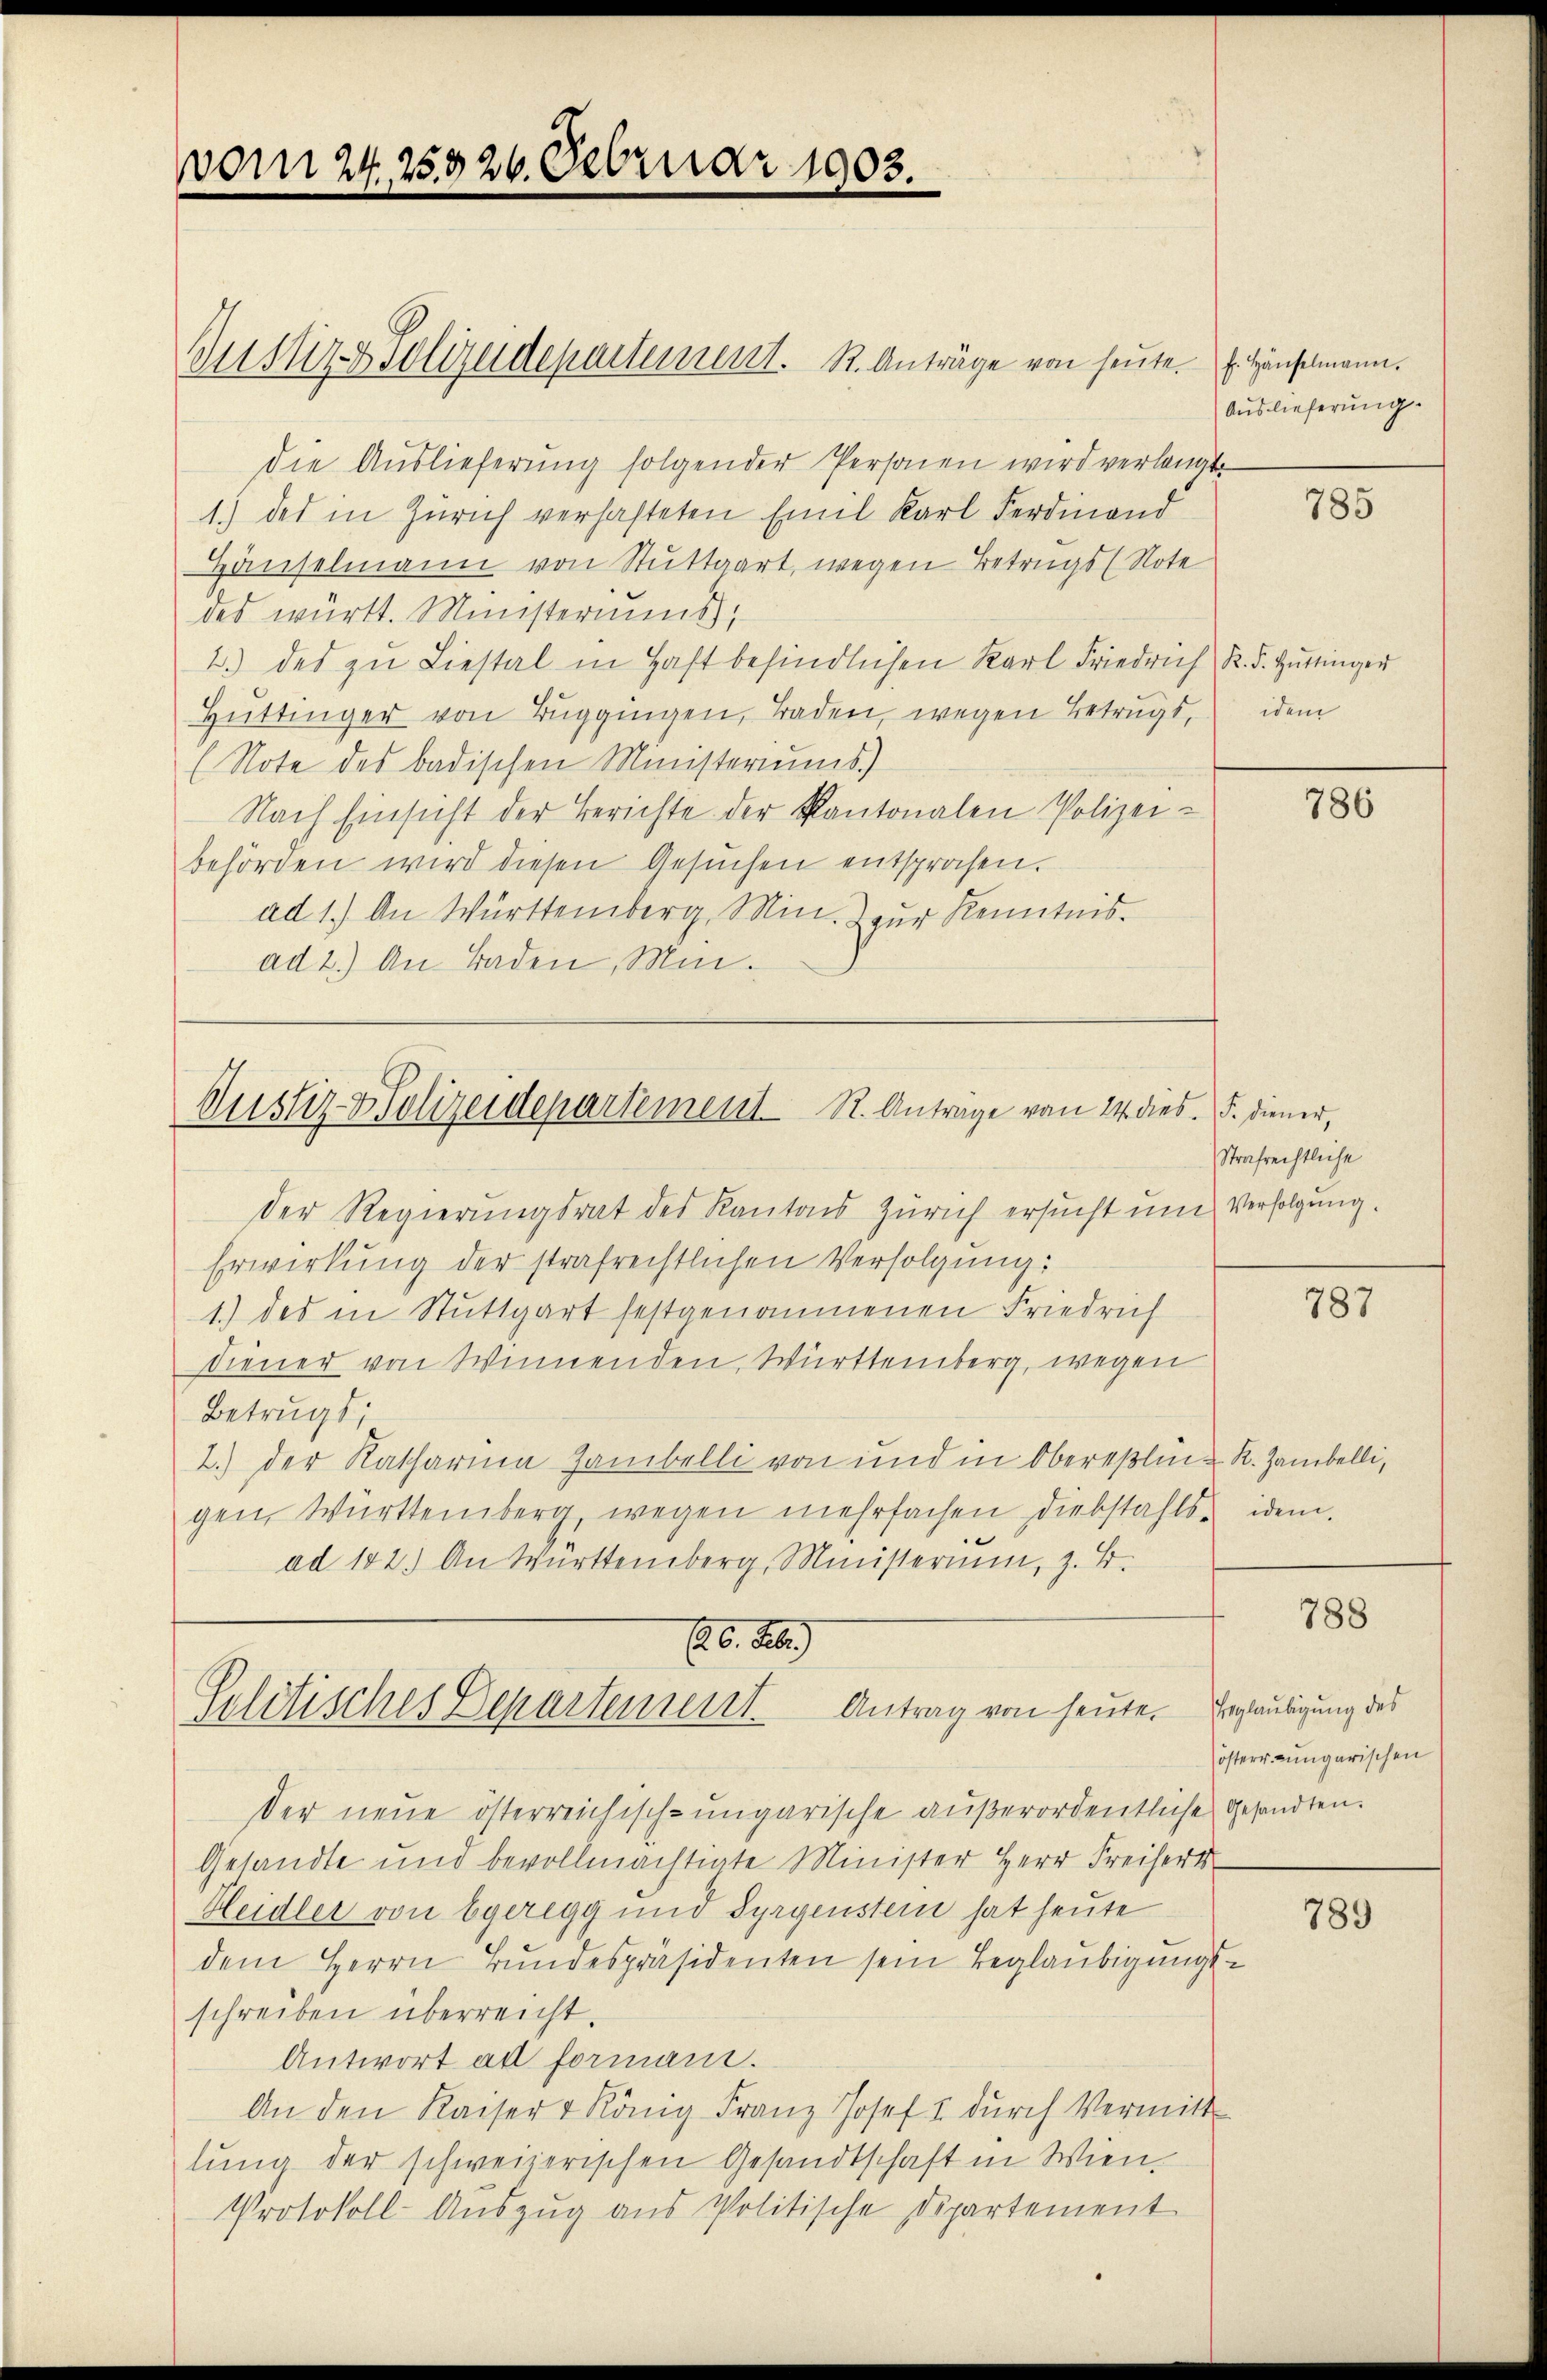
vom 24. 25326. Februar 1903.

Justiz & Polizeidepartement. R. Anträge von heŭte. Er Häuselmann.
die Auslieferung folgender Personen wird verlangt
1.) des in Zürich verhafteten Emil Karl Ferdinand
Hauselmann von Stuttgart, wegen Betrugs (Note
des württ. Ministeriums,
2.) des zu Liestal in Haft befindlichen Karl Friedrich R. F. Hüttinger
Hüttinger von Tuggingen, Traden, wegen Betrugs, dem
(Note des badischen Ministeriums)
Nach Einsicht der Berichte der Kantonalen Polizei-
behörden wird diesen Gesŭchen entsprochen.
ad 1.) An Württemberg, Min. Zur Kenntnis.
ad 2.) An Baden, Mini¬

Justiz- & Polizeidepartement R. Anträge von 14 dies. S. diener,

Der Regierungsrat des Kantons Zürich ersucht und Verfolgung.
Erwirkung der strafrechtlichen Verfolgung:
1.) des in Stuttgart festgenommenen Friedrich
diener von Winnenden, Württemberg, wegen
Betrugs;
2.) Der Katharina Hambelli von und in Oberein R. Zambelli,
gen, Württemberg, wegen mehrfachen diebstahls idem
ad 182.) An Württemberg, Ministerium, z. B.
16. d.
Solitisches Departement. Antrag von heute. Ergläubigung des
der neue österreichisch-ungarische außerordentliche Gesandten.
Gesandte und bevollmächtigte Minister Herr Freifert
Heidler von Egeregg und Syrgenstein hat heute
dem Herrn Bŭndespräsidenten sein Beglaŭbigŭngs-
schreiben überreicht.
Antwort ad formani.
An den Kaiser u König Franz Josef u dŭrch Vermitt
lung der schweizerischen Gesandtschaft in Wien,
Protokoll-Auszug aus Politische Departement

Auslieferung.

785

786

Strafrechtliche

787

788

österr. ungarischen

2

789